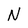
Character: N